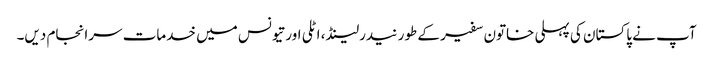
آپ نے پاکستان کی پہلی خاتون سفیر کے طور نیدرلینڈ، اٹلی اور تیونس میں خدمات سرانجام دیں۔